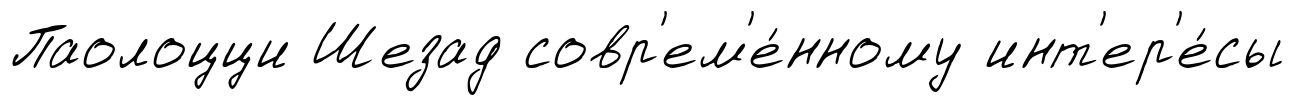
Паолоцци Шезад совр'ем'е́нному инт'ер'е́сы